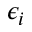
\epsilon _ { i }